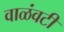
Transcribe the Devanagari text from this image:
वाळंवटी